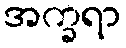
အက္ခရာ